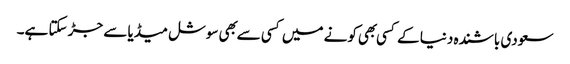
سعودی باشنده دنیا کے کسی بهی کونے میں کسی سے بهی سوشل میڈیا سے جڑ سکتا ہے۔